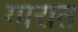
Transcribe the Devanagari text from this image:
गारात